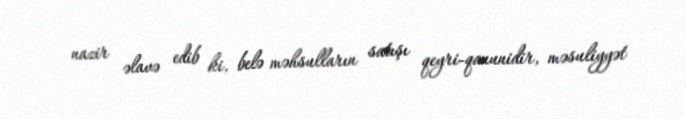
nazir əlavə edib ki, belə məhsulların satışı qeyri-qanunidir, məsuliyyət